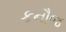
કનૌજ